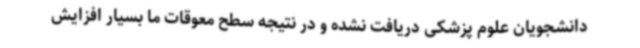
دانشجویان علوم پزشکی دریافت نشده و در نتیجه سطح معوقات ما بسیار افزایش